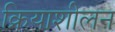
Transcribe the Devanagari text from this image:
क्रियाशीलन